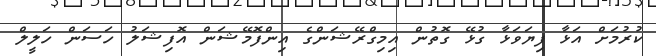
ކުރުމަށް އަޅާ ފިޔަވަޅާ ގުޅޭ ގޮތުން އިމިގްރޭޝަންގެ އިންފޮމޭޝަން އޮފިޝަލު ހަސަން ހަލީލް